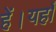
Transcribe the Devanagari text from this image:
हें।यहाँ